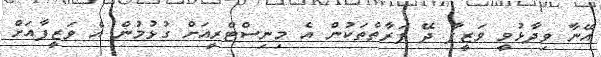
އޭނާ ވިދާޅުވީ ވަޒީފާ ދޭ ފަރާތްތަކުން އެ މިނިސްޓްރީއަށް ގުޅުމުން އެ ވަޒީފާއަށް